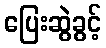
ပြေးဆွဲခွင့်